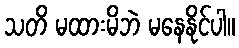
သတိ မထားမိဘဲ မနေနိုင်ပါ။